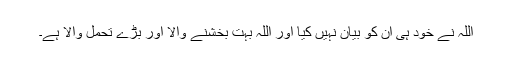
اللہ نے خود ہی ان کو بیان نہیں کیا اور اللہ بہت بخشنے والا اور بڑے تحمل والا ہے۔